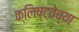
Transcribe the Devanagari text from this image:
क्लिष्टतेच्या